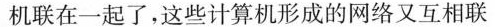
机联在一起了，这些计算机形成的网络又互相联